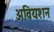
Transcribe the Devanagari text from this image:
अवियशन